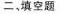
二、填空题